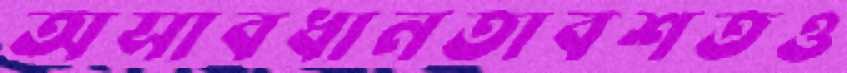
অসাবধানতাবশতও